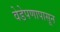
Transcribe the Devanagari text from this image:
वेडेपणापासून